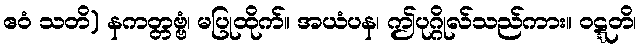
ဧဝံ သတိ) နကတ္တဗ္ဗံ၊ မပြုထိုက်။ အယံပန၊ ဤပုဂ္ဂိုလ်သည်ကား။ ဝဋ္ဋတိ၊